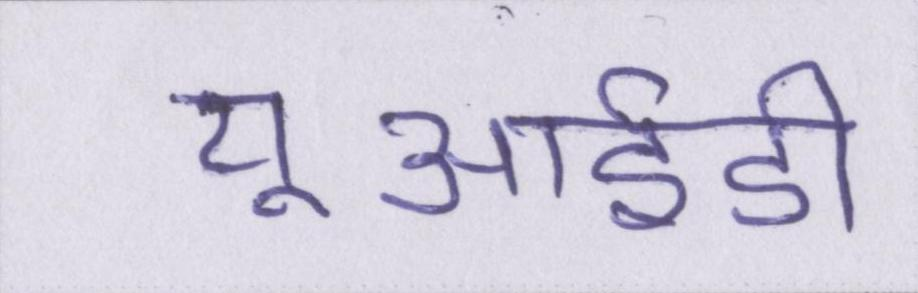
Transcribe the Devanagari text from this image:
यूआईडी